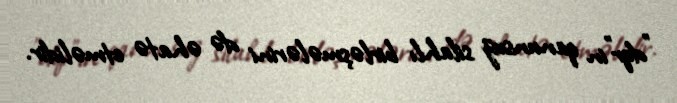
”dqr"in qanunsuz silahlı birləşmələrini də əhatə etməlidir.